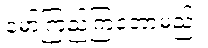
မော်ကြည့်ကြတော့မည်။